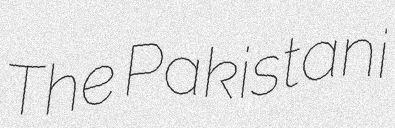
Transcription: The Pakistani